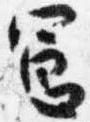
憲